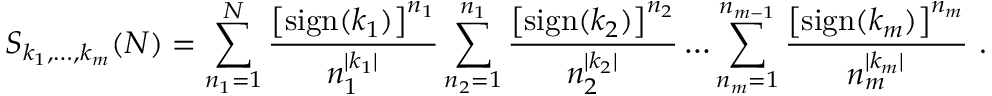
S _ { k _ { 1 } , \ldots , k _ { m } } ( N ) = \sum _ { n _ { 1 } = 1 } ^ { N } \frac { \left[ \mathrm { s i g n } ( k _ { 1 } ) \right] ^ { n _ { 1 } } } { n _ { 1 } ^ { | k _ { 1 } | } } \sum _ { n _ { 2 } = 1 } ^ { n _ { 1 } } \frac { \left[ \mathrm { s i g n } ( k _ { 2 } ) \right] ^ { n _ { 2 } } } { n _ { 2 } ^ { | k _ { 2 } | } } \ldots \sum _ { n _ { m } = 1 } ^ { n _ { m - 1 } } \frac { \left[ \mathrm { s i g n } ( k _ { m } ) \right] ^ { n _ { m } } } { n _ { m } ^ { | k _ { m } | } } ~ .